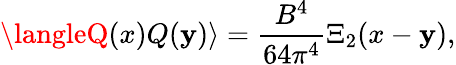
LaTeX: \langleQ(x)Q(\mathbf{y})\rangle={\frac{{B^{4}}}{{64\pi^{4}}}}\Xi_{2}(x-\mathbf{y}),